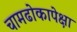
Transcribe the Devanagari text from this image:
चामढोकापेक्षा